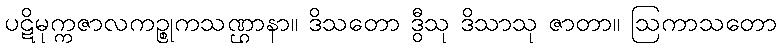
ပဋိမုက္ကဇာလကဉ္စုကသဏ္ဌာနာ။ ဒိသတော ဒွီသု ဒိသာသု ဇာတာ။ ဩကာသတော